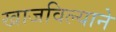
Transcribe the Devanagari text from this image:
खाजविल्याने